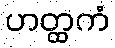
ဟတ္ထကံ